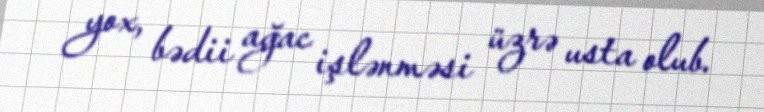
yox, bədii ağac işlənməsi üzrə usta olub.